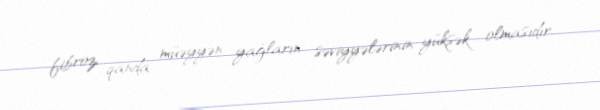
fibroz, qanda müəyyən yağların səviyyələrinin yüksək olmasıdır.